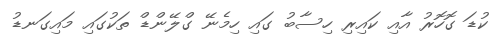
ކުޑަ ގޮހޮރު އާއި ކައިރި ހިސާބު ގައި ހިމެނޭ ގްލޭންޑް ތަކުގައި މައިގަނޑު